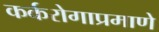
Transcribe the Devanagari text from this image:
कर्करोगाप्रमाणे